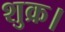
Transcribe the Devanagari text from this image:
शुक्र।